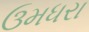
ઉમધરા